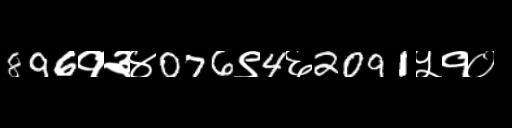
Text: 896१३४076९4६2091५१०